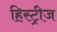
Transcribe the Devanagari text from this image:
हिस्ट्रीज